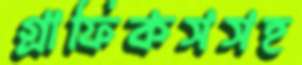
গ্রাফিকসসহ